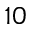
1 0